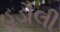
હડૌલી